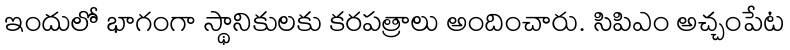
ఇందులో భాగంగా స్థానికులకు కరపత్రాలు అందించారు. సిపిఎం అచ్చంపేట